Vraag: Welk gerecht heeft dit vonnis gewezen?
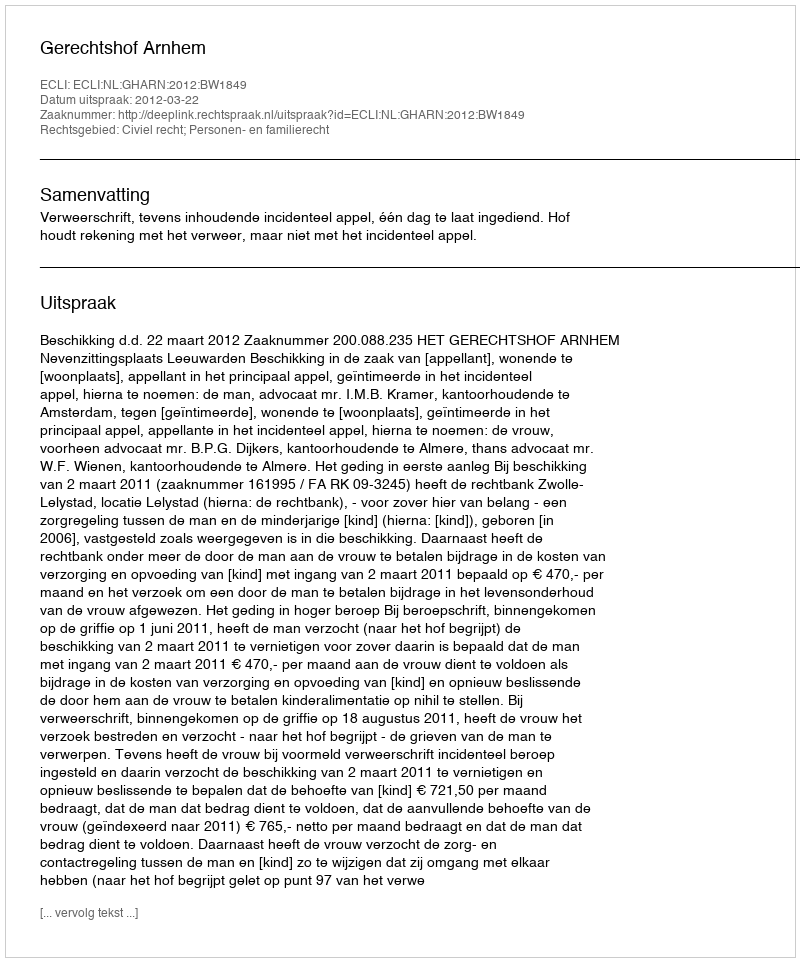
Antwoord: Gerechtshof Arnhem